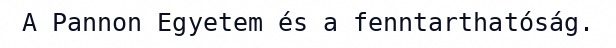
A Pannon Egyetem és a fenntarthatóság.